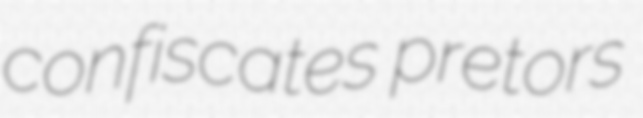
confiscates pretors